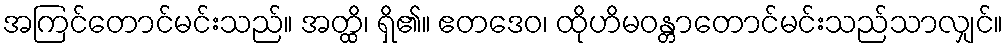
အကြင်တောင်မင်းသည်။ အတ္ထိ၊ ရှိ၏။ ဧတဒေဝ၊ ထိုဟိမဝန္တာတောင်မင်းသည်သာလျှင်။